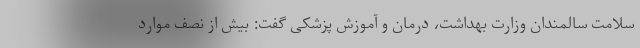
سلامت سالمندان وزارت بهداشت، درمان و آموزش پزشکی گفت: بیش از نصف موارد